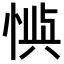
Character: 𫺙